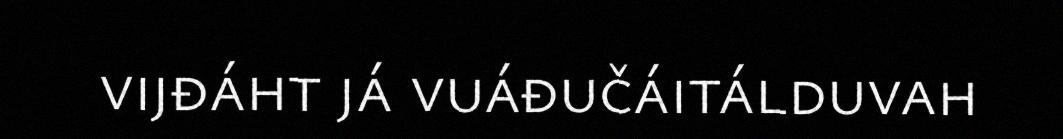
vijđáht já vuáđučáitálduvah